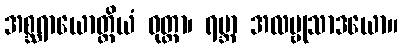
အစ္ဆရာယောတ္ထိယံ ဝုတ္တာ၊ ရမ္ဘာ အလမ္ဗုသာဒယော။